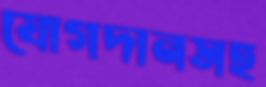
যোগদানসহ